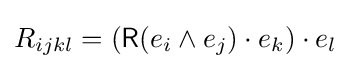
R_{ijkl}=({\mathsf {R}}(e_{i}\wedge e_{j})\cdot e_{k})\cdot e_{l}